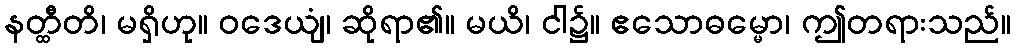
နတ္ထီတိ၊ မရှိဟု။ ဝဒေယျံ၊ ဆိုရာ၏။ မယိ၊ ငါ၌။ ဧသောဓမ္မော၊ ဤတရားသည်။